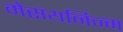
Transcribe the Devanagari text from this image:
मेसयनिज्म